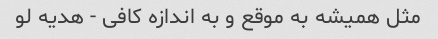
مثل همیشه به موقع و به اندازه کافی - هدیه لو